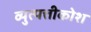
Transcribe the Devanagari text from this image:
व्युत्पत्तीकोश